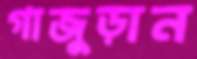
গাজুড়ান